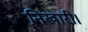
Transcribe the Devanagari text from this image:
निखारी।